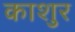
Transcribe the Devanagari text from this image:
काशुर